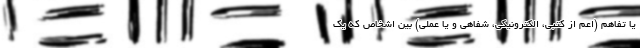
یا تفاهم (اعم از کتبی، الکترونیکی، شفاهی و یا عملی) بین اشخاص که یک